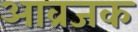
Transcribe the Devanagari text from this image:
आव्रजक